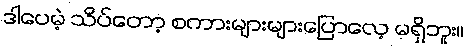
ဒါပေမဲ့ သိပ်တော့ စကားများများပြောလေ့ မရှိဘူး။